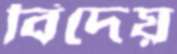
বিদেয়